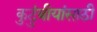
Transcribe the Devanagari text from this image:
कुटुंबीयांसाठी